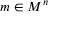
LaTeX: m \in M ^ { n }